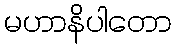
မဟာနိပါတော